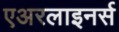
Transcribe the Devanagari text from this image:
एअरलाइनर्स